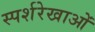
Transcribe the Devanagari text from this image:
स्पर्शरेखाओं